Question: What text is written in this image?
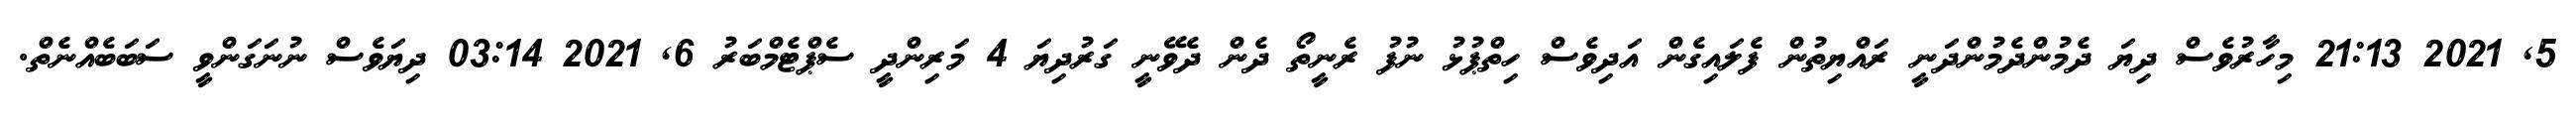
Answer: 5, 2021 21:13 މިހާރުވެސް ދިޔަ ދެމުންދެމުންދަނީ ރައްޔިތުން ފެލައިގެން އަދިވެސް ހިތްޕުޅު ނުފު ރެނީތޯ ދެން ދެވޭނީ ގަރުދިޔަ 4 މަރިންދީ ސެޕްޓެމްބަރު 6, 2021 03:14 ދިޔަވެސް ނުނަގަންވީ ސަބަބެއްނެތް.